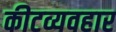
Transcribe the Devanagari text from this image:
कीटव्यवहार